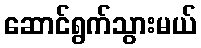
ဆောင်ရွက်သွားမယ်